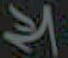
الا